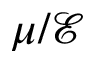
\mu / \mathcal E